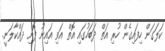
ކަލަގަން ހިފައިގެން ހުރި އަތް ދަބަހުގައި އޮތް އަވި އައިނު ފޮށި ދައްކާލަނީ.